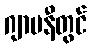
ဂျာမနီတွင်